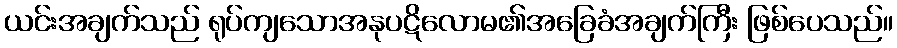
ယင်းအချက်သည် ရုပ်ကျသောအနုပဋိလောမ၏အခြေခံအချက်ကြီး ဖြစ်ပေသည်။